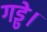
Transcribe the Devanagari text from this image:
गड्ढे।